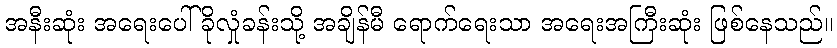
အနီးဆုံး အရေးပေါ် ခိုလှုံခန်းသို့ အချိန်မီ ရောက်ရေးသာ အရေးအကြီးဆုံး ဖြစ်နေသည်။